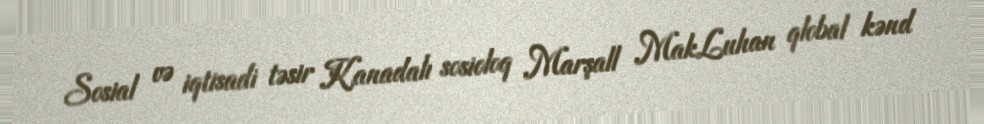
Sosial və iqtisadi təsir Kanadalı sosioloq Marşall MakLuhan qlobal kənd